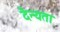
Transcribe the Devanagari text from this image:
दैन्यता